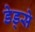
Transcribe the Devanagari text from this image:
डेड्से